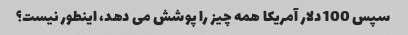
سپس 100 دلار آمریکا همه چیز را پوشش می دهد، اینطور نیست؟